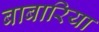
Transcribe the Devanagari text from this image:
बाबारिया